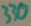
Text: 330